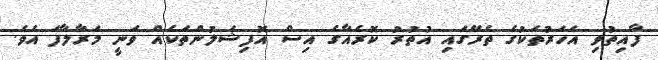
ފާއިތުވި އަހަރުތަކުގެ ތެރޭގައި އުތުރު ކޮރެއާގެ އިސް އޮފިޝަލުންތަކެއް ވަނީ މަރާލާފަ އެވެ.